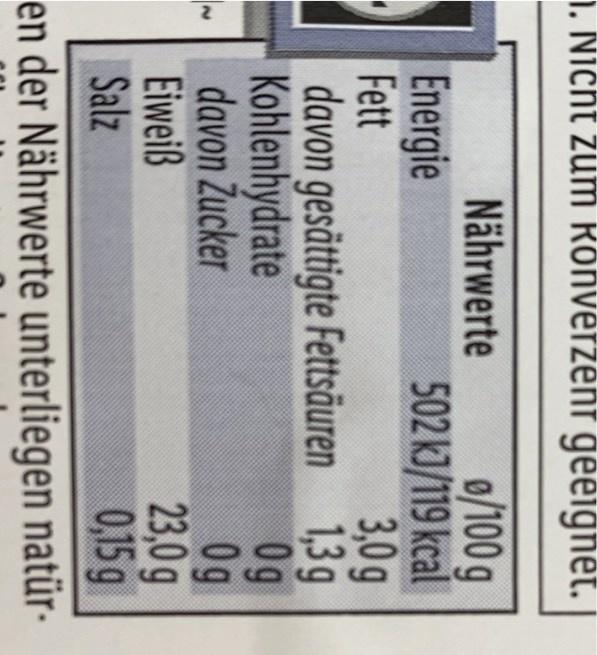
1. Nicht zum Rönverzent geeignet.
0/100 g
502 kJ/119 kcal
Nährwerte
Energie
Fett
davon gesättigte Fettsäuren Kohlenhydrate
3,0g 1,3 g
Og 0g
23,0 g
0,15 g
en der Nährwerte unterliegen natür.
davon Zucker
Eiweiß Salz